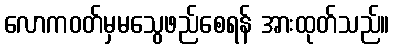
လောကဝတ်မှမသွေဖည်စေရန် အားထုတ်သည်။